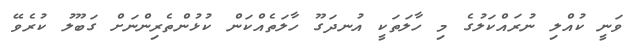
ވަނީ ކުއްލި ނުރައްކަލުގެ މި ހާލަތަކީ އުނދަގޫ ހާލަތެއްކަން ކުޅުންތެރިންނަށް ގަބޫލު ކުރެވޭ